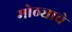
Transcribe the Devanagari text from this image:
मोठ्याचे